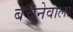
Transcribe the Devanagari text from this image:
बचनेवाला